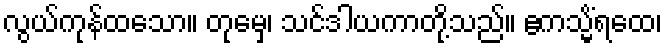
လွယ်ကုန်ထသော။ တုမှေ၊ သင်ဒါယကာတို့သည်။ ဧကသ္မိံရထေ၊